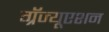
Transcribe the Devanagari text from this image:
ग्रॅज्यूएशन